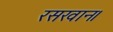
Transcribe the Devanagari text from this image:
रसखान।